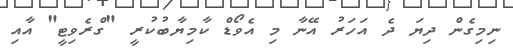
ނިމިގެން ދިޔަ ދެ އަހަރު އޭނާ މި އެވޯޑް ކާމިޔާބުކުރީ "ގްރެވިޓީ" އާއި